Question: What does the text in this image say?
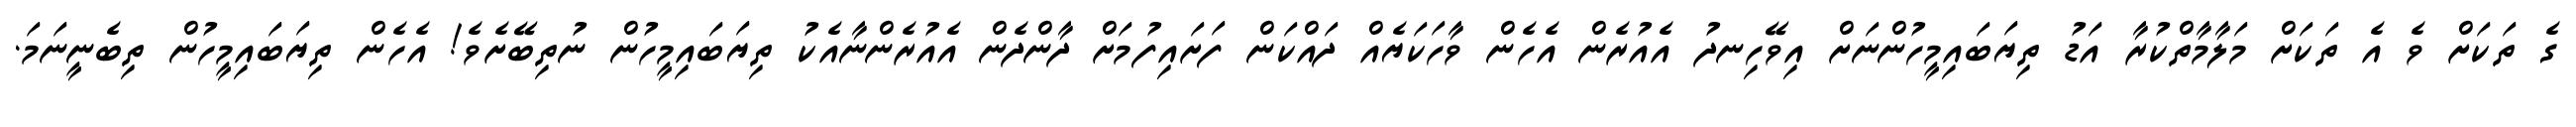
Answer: ގެ ތަކަށް ވެ އެ ތަކަށް މަލާމާތްކުރާ އަޑު ތިޔަބައިމީހުންނަށް އިވޭހިނދު އެއުރެން އެހެން ވާހަކަޔެއް ދައްކަން ފަށައިފުމަށް ދާންދެން އެއުރެންނާއެކު ތިޔަބައިމީހުން ނުތިބޭށެވެ! އެހެން ތިޔަބައިމީހުން ތިބެނީނަމަ.